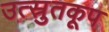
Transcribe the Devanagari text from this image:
उत्स्रुतकूप